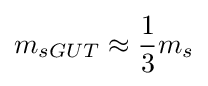
m_{sGUT}\approx {\frac {1}{3}}m_{s}